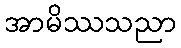
အာမိဿသညာ